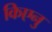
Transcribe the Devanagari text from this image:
किएनु